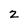
Character: 2